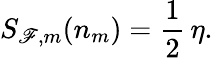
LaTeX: S_{\mathscr{F},m}(n_{m})={\frac{{1}}{{2}}}\, \eta.